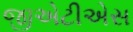
જીએટીએસ